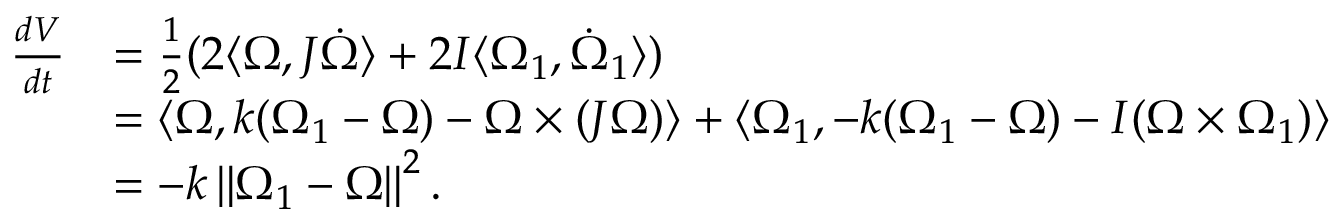
\begin{array} { r l } { \frac { d V } { d t } } & { = \frac { 1 } { 2 } ( 2 \langle \Omega , J \dot { \Omega } \rangle + 2 I \langle \Omega _ { 1 } , \dot { \Omega } _ { 1 } \rangle ) } \\ & { = \langle \Omega , k ( \Omega _ { 1 } - \Omega ) - \Omega \times ( J \Omega ) \rangle + \langle \Omega _ { 1 } , - k ( \Omega _ { 1 } - \Omega ) - I ( \Omega \times \Omega _ { 1 } ) \rangle } \\ & { = - k \left\lVert \Omega _ { 1 } - \Omega \right\rVert ^ { 2 } . } \end{array}